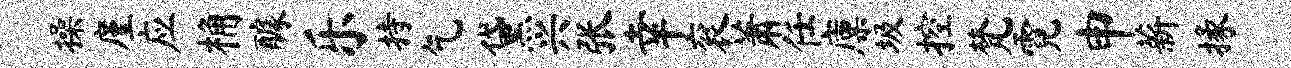
操廑应桷醵乐持乞黛兴张幸衮萧任廪圾控梵霓申薪掾